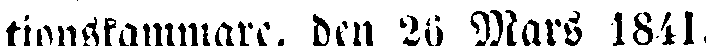
tionskammare, den 26 Mars 1841.